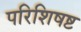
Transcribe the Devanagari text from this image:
परिशिषष्ट